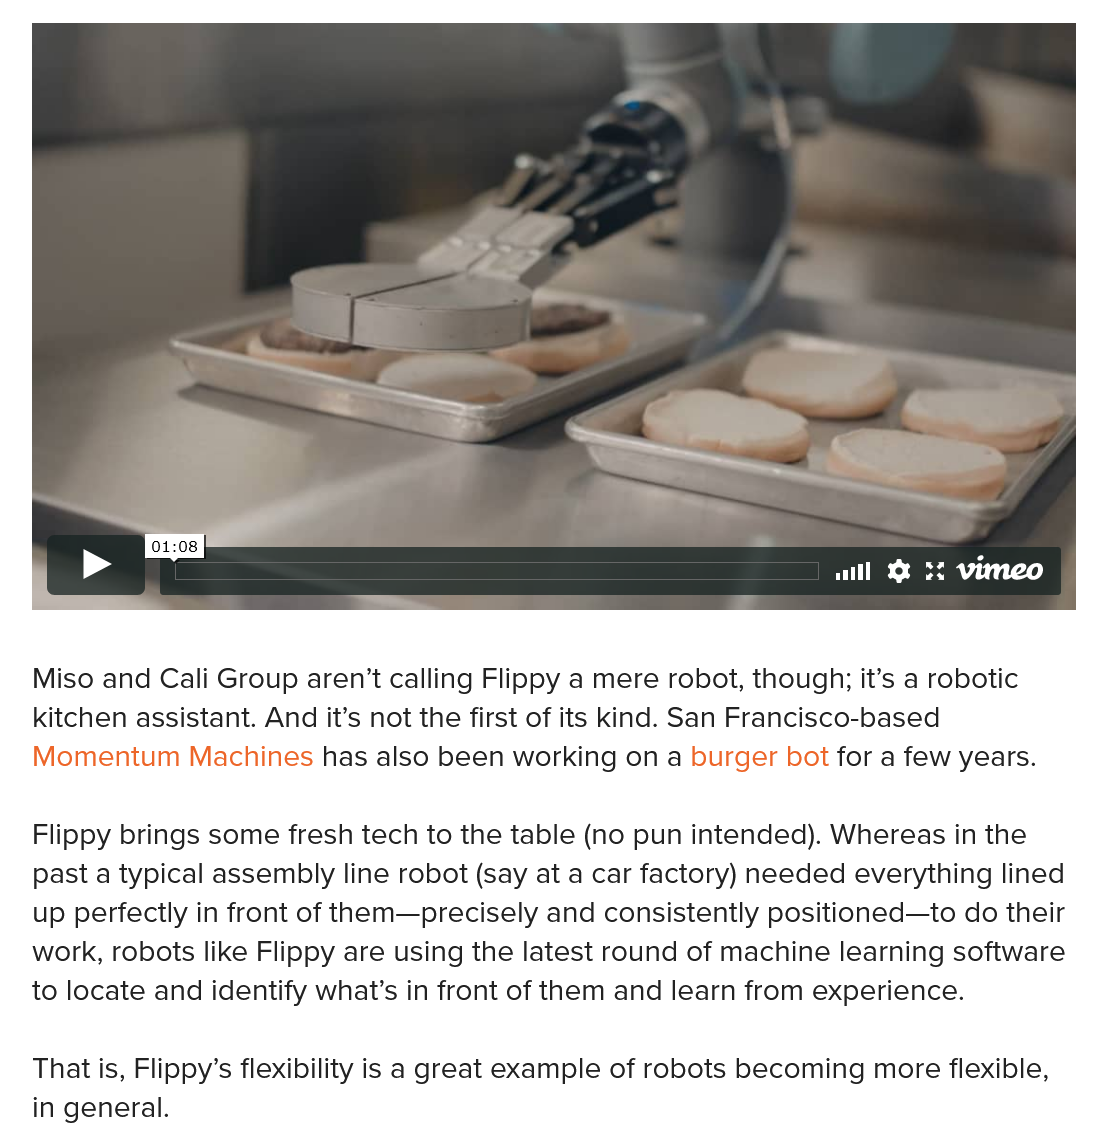
Miso and Cali Group aren't calling Flippy a mere robot, though; it’s a robotic
   kitchen assistant. And it’s not the first of its kind. San Francisco-based
   Momentum   Machines has also been working on a burger bot for a few years.
   Flippy brings some fresh tech to the table (no pun intended). Whereas in the
   past a typical assembly line robot (say at a car factory) needed everything lined
   up perfectly in front of them—precisely and consistently positioned—to do their
   work, robots like Flippy are using the latest round of machine learning software
   to locate and identify what’s in front of them and learn from experience.
   That is, Flippy’s flexibility is a great example of robots becoming more flexible,
   in general.
     01:08